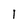
Character: l